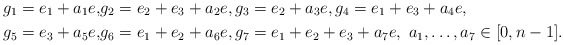
\begin{align*}g_1=e_1+a_1e,&g_2=e_2+e_3+a_2e,g_3=e_2+ a_3e, g_4=e_1+e_3+ a_4e ,\\g_5=e_3+ a_5e ,&g_6=e_1+e_2+a_6e , g_7=e_1+e_2+e_3+ a_7e,\ a_1, \ldots , a_7\in [0,n-1].\end{align*}